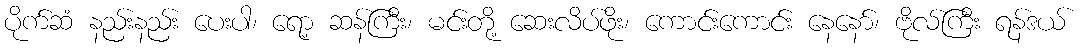
ပိုက်ဆံ နည်းနည်း ပေးပါ၊ ရော့ ဆန်ကြီး၊ မင်းတို့ ဆေးလိပ်ဖိုး၊ ကောင်းကောင်း နေနော်၊ ဗိုလ်ကြီး ရန်ဒယ်